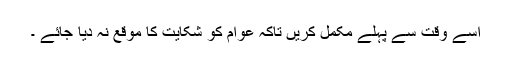
اسے وقت سے پہلے مکمل کریں تاکہ عوام کو شکایت کا موقع نہ دیا جائے ۔